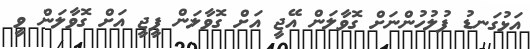
އަޅުގަނޑު ފުލުހުންނަށް ގޮވާލަން އޭޖީ އަށް ގޮވާލަން ޕީޖީ އަށް ގޮވާލަން ވީ